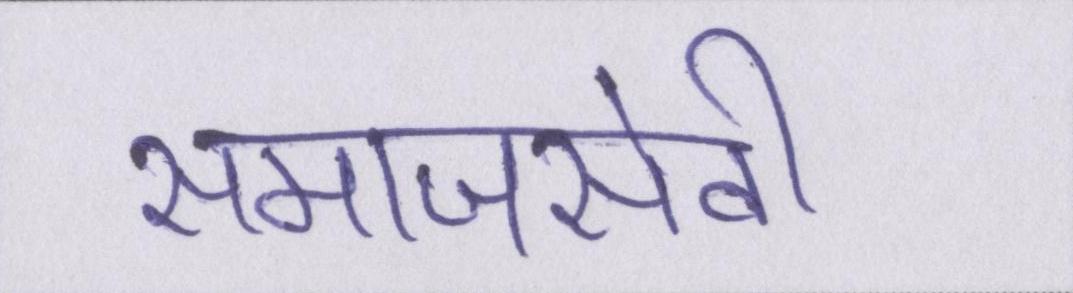
समाजसेवी